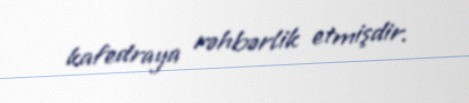
kafedraya rəhbərlik etmişdir.